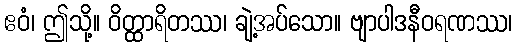
ဧဝံ၊ ဤသို့။ ဝိတ္ထာရိတဿ၊ ချဲ့အပ်သော။ ဗျာပါဒနီဝရဏဿ၊